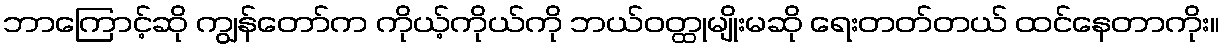
ဘာကြောင့်ဆို ကျွန်တော်က ကိုယ့်ကိုယ်ကို ဘယ်ဝတ္ထုမျိုးမဆို ရေးတတ်တယ် ထင်နေတာကိုး။